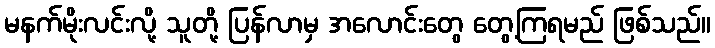
မနက်မိုးလင်းလို့ သူတို့ ပြန်လာမှ အလောင်းတွေ တွေ့ကြရမည် ဖြစ်သည်။